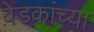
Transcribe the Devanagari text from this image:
बेडकांच्या